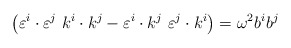
\begin{align*}\left(\varepsilon^i\cdot\varepsilon^j~k^i\cdot k^j- \varepsilon^i\cdot k^j~\varepsilon^j\cdot k^i \right)=\omega^2b^ib^j\end{align*}